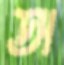
অ